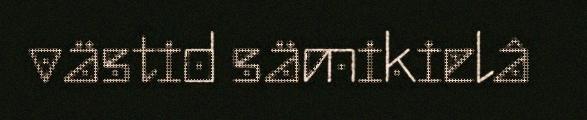
västid sämikielâ